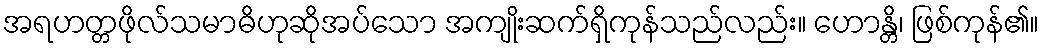
အရဟတ္တဖိုလ်သမာဓိဟုဆိုအပ်သော အကျိုးဆက်ရှိကုန်သည်လည်း။ ဟောန္တိ၊ ဖြစ်ကုန်၏။